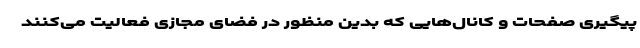
پیگیری صفحات و کانال‌هایی که بدین منظور در فضای مجازی فعالیت می‌کنند